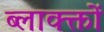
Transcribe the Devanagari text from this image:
ब्लाक्क्तों